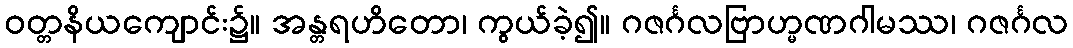
ဝတ္တနိယကျောင်း၌။ အန္တရဟိတော၊ ကွယ်ခဲ့၍။ ဂဇင်္ဂလဗြာဟ္မဏဂါမဿ၊ ဂဇင်္ဂလ